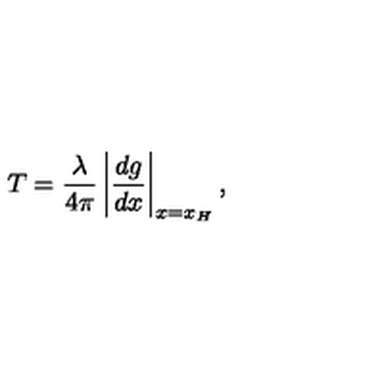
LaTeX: T = \frac { \lambda } { 4 \pi } \left\vert \frac { d g } { d x } \right\vert _ { x = x _ { H } } ,